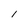
Character: 1